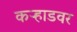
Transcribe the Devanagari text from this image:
कऱ्हाडवर